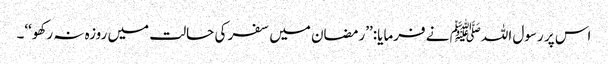
اس پر رسول اللہﷺ نے فرمایا:’’رمضان میں سفر کی حالت میں روزہ نہ رکھو‘‘۔